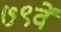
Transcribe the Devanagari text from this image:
७९वें